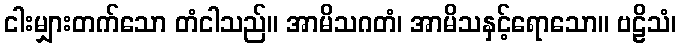
ငါးမျှားတက်သော တံငါသည်။ အာမိသဂတံ၊ အာမိသနှင့်ရောသော။ ဗဠိသံ၊